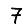
Digit: 7